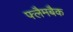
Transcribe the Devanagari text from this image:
फ्लैमबैक